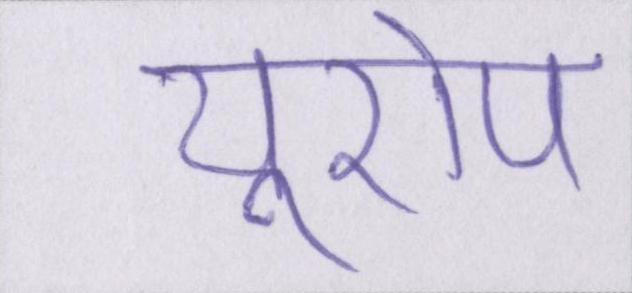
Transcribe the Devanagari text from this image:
यूरोप